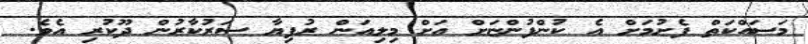
މަސައްކަތް ފެށުމަށް އެ ކުންފުންޏަށް އަށް މިލިއަން ރުފިޔާ ސަރުކާރުން ދޫކުރި އެވެ.